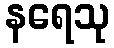
နရေသု